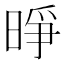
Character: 𪰭